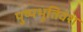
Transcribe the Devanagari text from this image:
पुष्पभूतिवंश